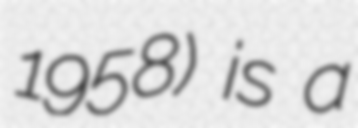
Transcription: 1958) is a